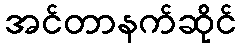
အင်တာနက်ဆိုင်